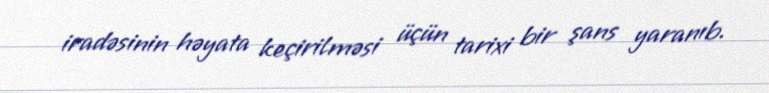
iradəsinin həyata keçirilməsi üçün tarixi bir şans yaranıb.